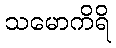
သမောကိရိ